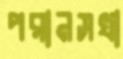
পরানসখা